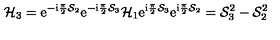
{ \cal H } _ { 3 } = { \mathrm e } ^ { - { \mathrm i } \frac { \pi } { 2 } { \cal S } _ { 2 } } { \mathrm e } ^ { - { \mathrm i } \frac { \pi } { 2 } { \cal S } _ { 3 } } { \cal H } _ { 1 } { \mathrm e } ^ { { \mathrm i } \frac { \pi } { 2 } { \cal S } _ { 3 } } { \mathrm e } ^ { { \mathrm i } \frac { \pi } { 2 } { \cal S } _ { 2 } } = { \cal S } _ { 3 } ^ { 2 } - { \cal S } _ { 2 } ^ { 2 }